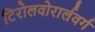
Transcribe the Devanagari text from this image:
टिरोलवोरार्लवर्ग